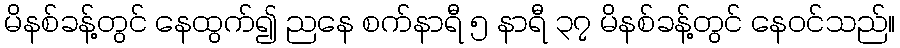
မိနစ်ခန့်တွင် နေထွက်၍ ညနေ စက်နာရီ ၅ နာရီ ၃၇ မိနစ်ခန့်တွင် နေဝင်သည်။